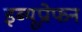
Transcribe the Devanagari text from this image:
इब्यूप्रोफन